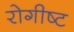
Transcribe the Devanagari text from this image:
रोगीष्ट